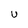
Character: U